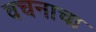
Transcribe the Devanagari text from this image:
वचनाचा